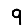
Digit: 9